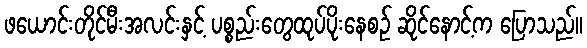
ဖယောင်းတိုင်မီးအလင်းနှင့် ပစ္စည်းတွေထုပ်ပိုးနေစဉ် ဆိုင်နောင့်က ပြောသည်။